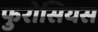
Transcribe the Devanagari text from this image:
फुरोसियस